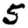
Digit: 5